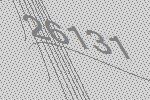
26131